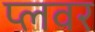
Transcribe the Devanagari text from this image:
प्लवर